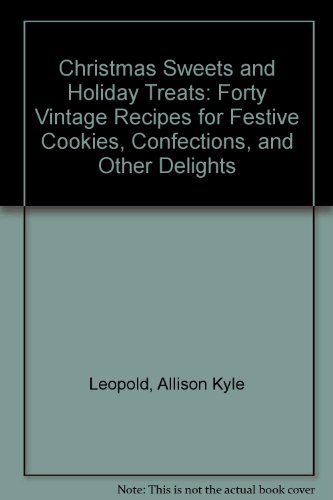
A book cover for Christmas Sweets and Holiday Treats: 40 Vintage Recipes for Festive Cookies, Confections, and Other Delights; Allison K. Leopold; Cookbooks, Food & Wine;